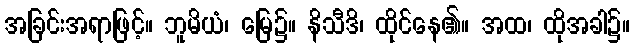
အခြင်းအရာဖြင့်။ ဘူမိယံ၊ မြေ၌။ နိသီဒိ၊ ထိုင်နေ၏။ အထ၊ ထိုအခါ၌။